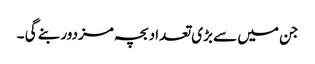
جن میں سے بڑی تعداد بچہ مزدور بنے گی ۔